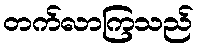
တက်လာကြသည်